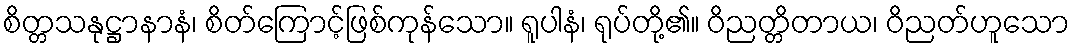
စိတ္တသနုဋ္ဌာနာနံ၊ စိတ်ကြောင့်ဖြစ်ကုန်သော။ ရူပါနံ၊ ရုပ်တို့၏။ ဝိညတ္တိတာယ၊ ဝိညတ်ဟူသော